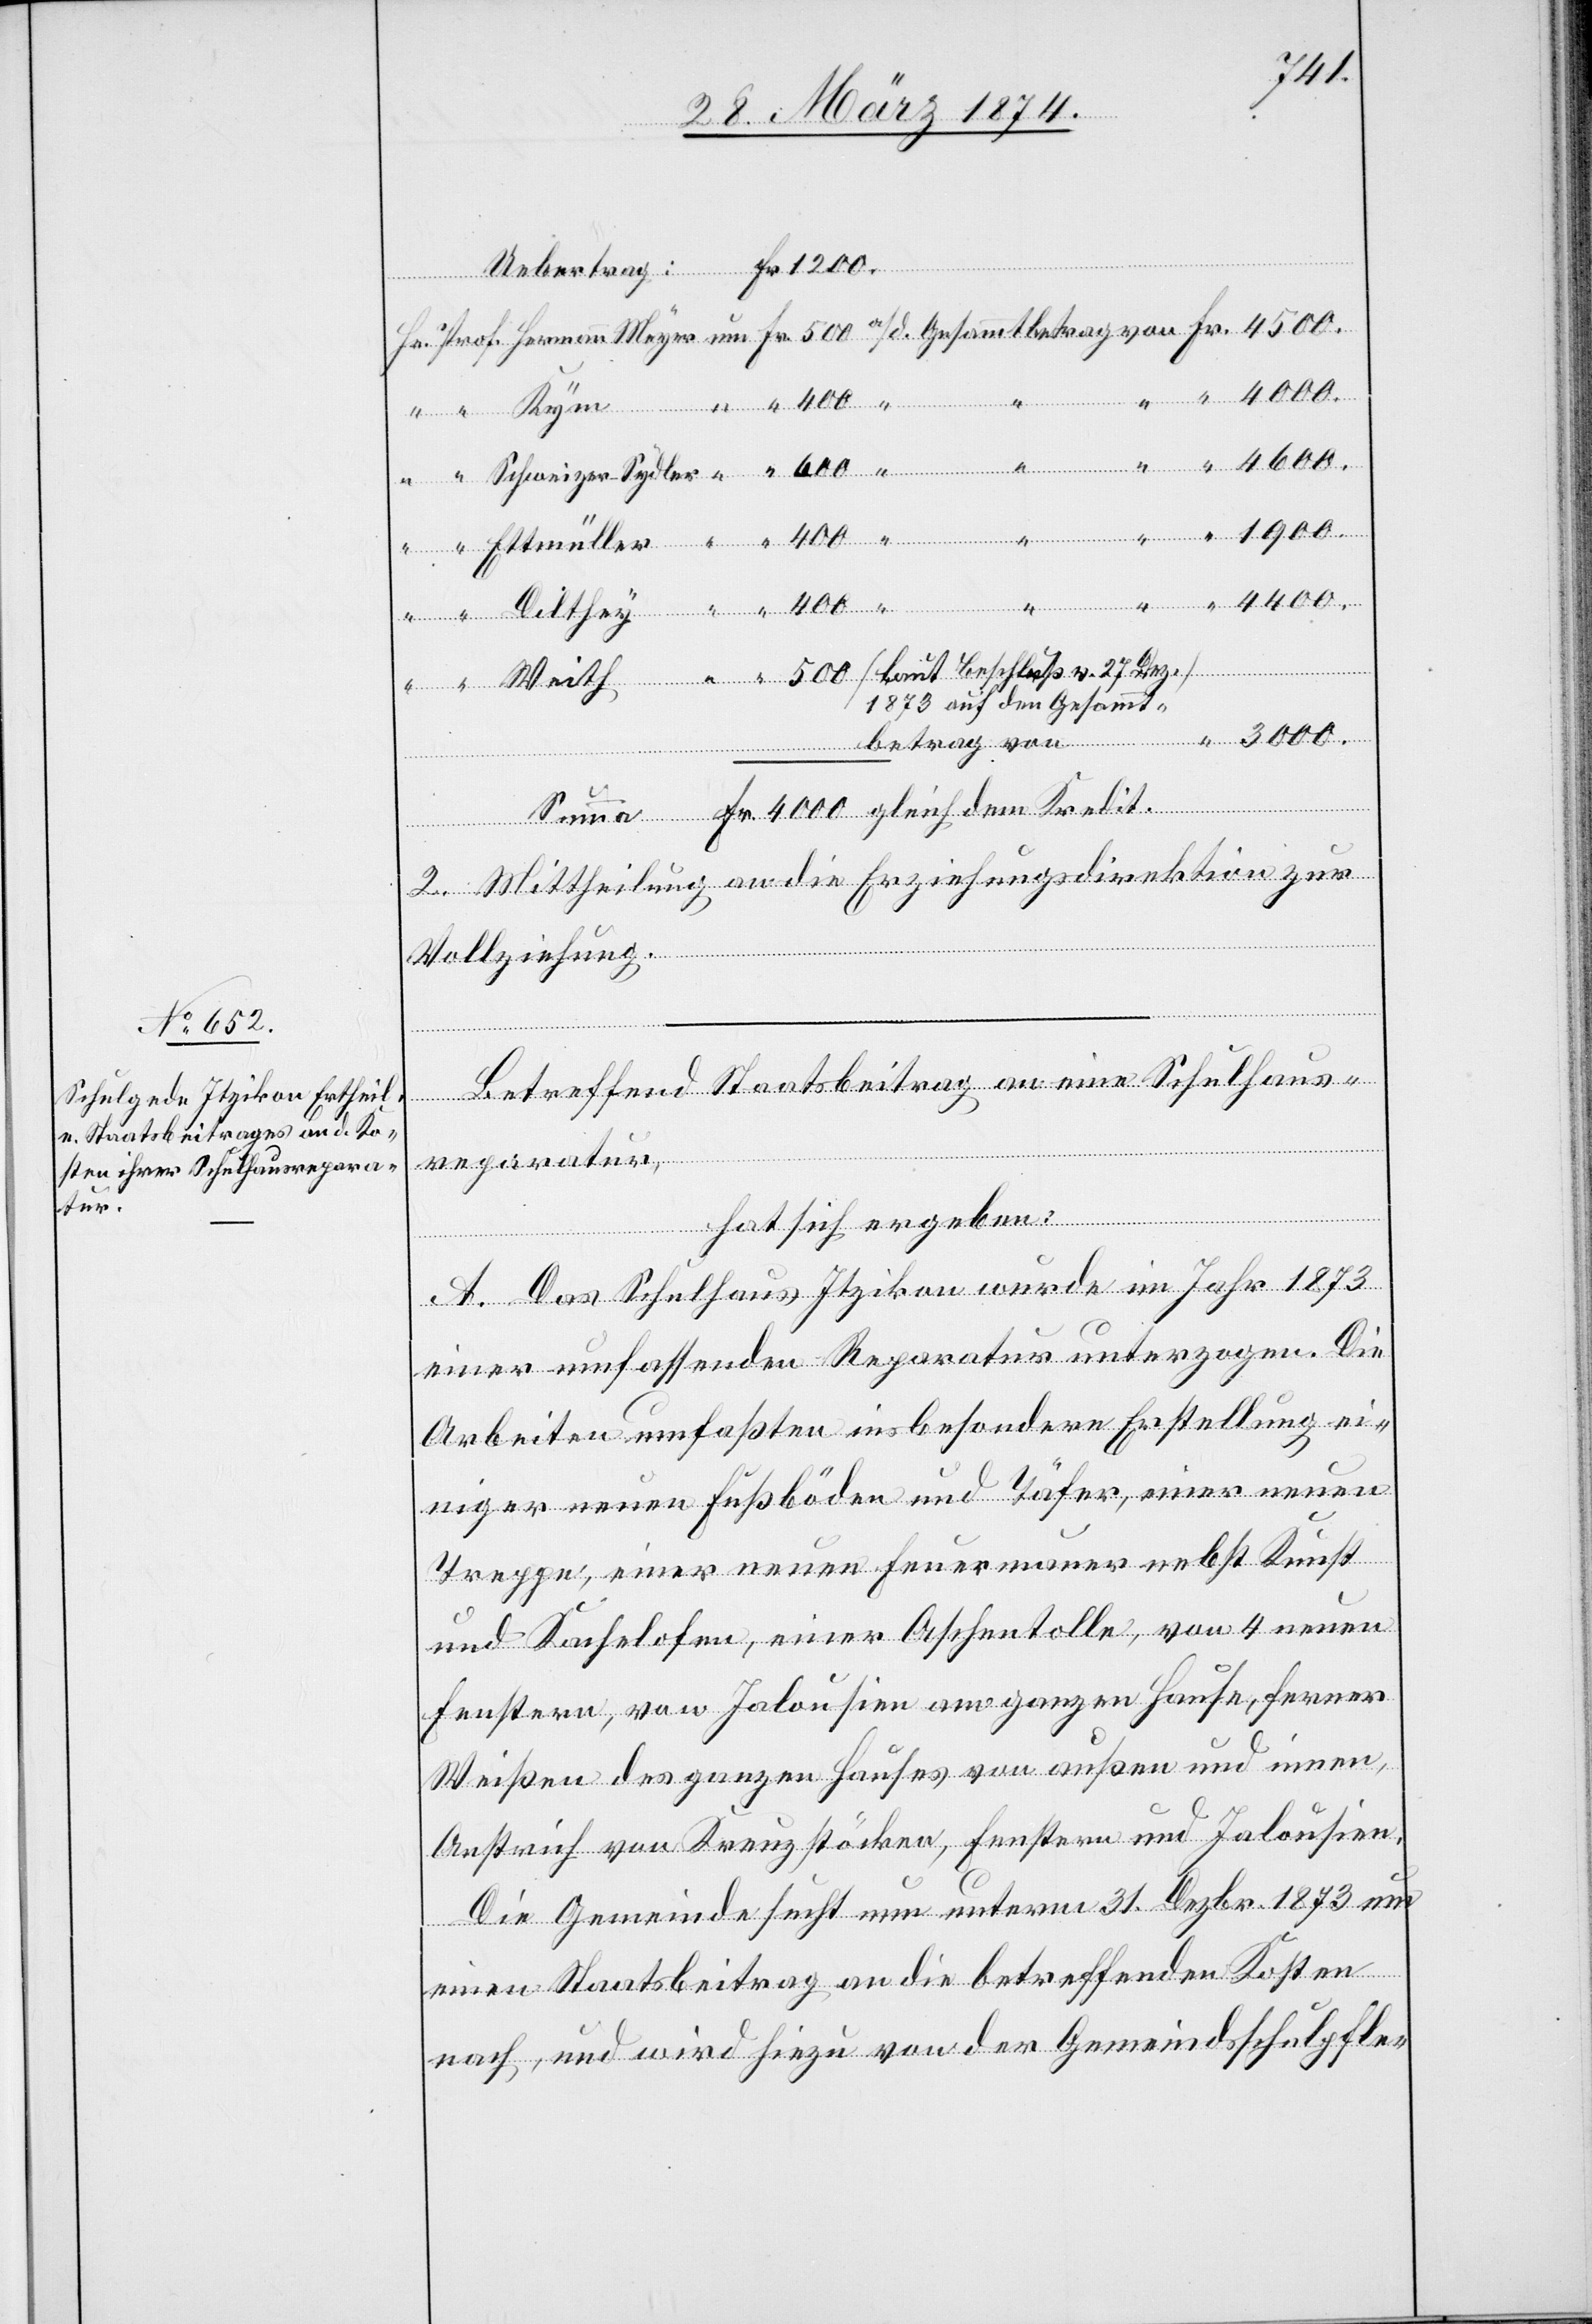
repa¬

ratur,
Uebertrag Fr. 1200
1873 auf den Gesammt-
2. Mittheilung an die Erziehungsdirektion zur
Vollziehung.
Betreffend Staatsbeitrag an eine Schulhaus¬
hat sich ergeben:
A. Das Schulhaus Itzikon wurde im Jahr 1873
einer umfassenden Reparatur unterzogen. Die
Arbeiten umfaßten insbesondere Erstellung ein¬
iger neuen Fußböden und Täfer, einer neuen
Treppe, einer neuen Feuermauer nebst Kunst
und Kachelofen, einer Aschentolle, von 4 neuen
Fenstern, von Jalousien am ganzen Hause, ferner
Weißen des ganzen Hauses von außen und innen,
Anstrich von Kreuzstöcken, Fenstern und Jalousien.
Die Gemeinde sucht nun unterm 31. Dezbr. 1873 um
einen Staatsbeitrag an die betreffenden Kosten
nach, und wird hiezu von der Gemeindsschulpfle-